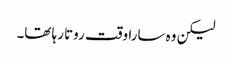
لیکن وہ سارا وقت روتا رہا تھا۔